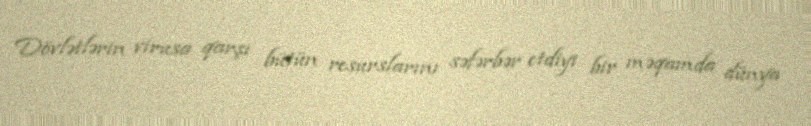
Dövlətlərin virusa qarşı bütün resurslarını səfərbər etdiyi bir məqamda dünya